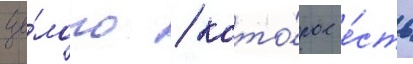
це́лого / кото́рое е́сть